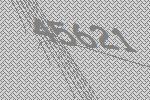
45621